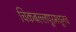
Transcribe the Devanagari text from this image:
चिकबल्लपूरमधूनच